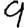
Digit: 9